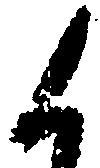
候